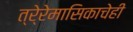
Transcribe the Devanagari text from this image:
त्रे्रेमासिकाचेही